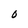
Character: 0